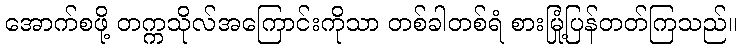
အောက်စဖို့ တက္ကသိုလ်အကြောင်းကိုသာ တစ်ခါတစ်ရံ စားမြုံ့ပြန်တတ်ကြသည်။